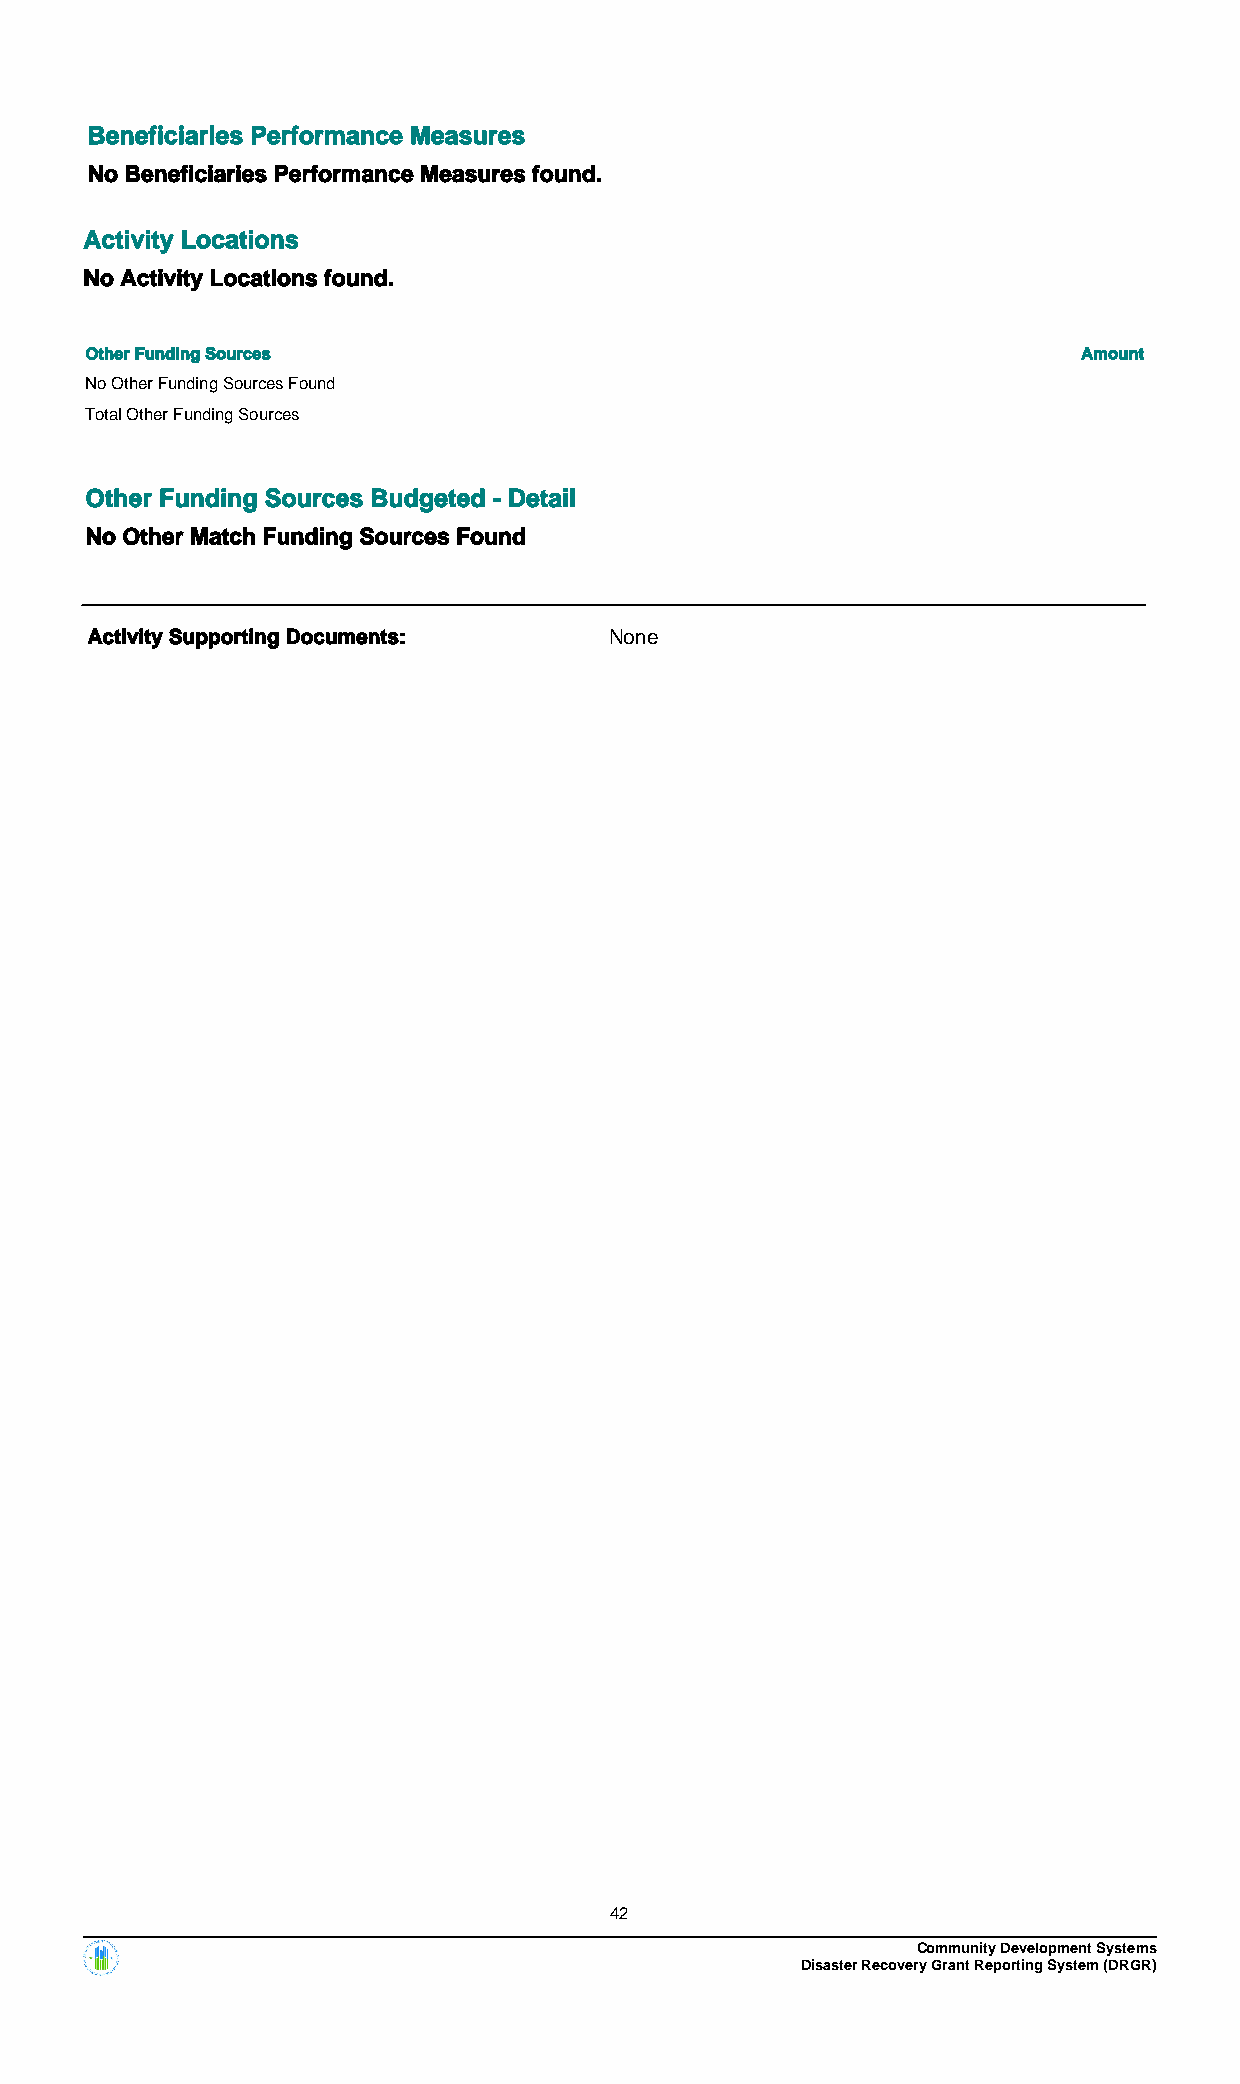
Beneficiaries Performance Measures
 No Beneficiaries Performance Measures found.
 Activity Locations
 No Activity Locations found.
 Other Funding Sources                                             Amount
 No Other Funding Sources Found
 Total Other Funding Sources
 Other Funding Sources Budgeted - Detail
 No Other Match Funding Sources Found
 Activity Supporting Documents:    None
 42
 Community Development Systems
 Disaster Recovery Grant Reporting System (DRGR)